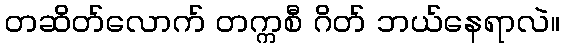
တဆိတ်လောက် တက္ကစီ ဂိတ် ဘယ်နေရာလဲ။